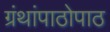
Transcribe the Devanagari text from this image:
ग्रंथांपाठोपाठ